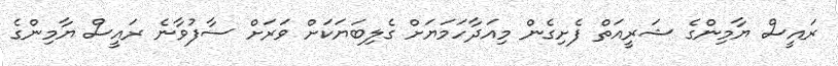
ރައީސް ޔާމިންގެ ޝަރީއަތް ފެށިގެން މިއަދާހަމަޔަށް ގެލިބަޔަކަށް ވަރަށް ސާފުވާނެ ރައީސް ޔާމިންގެ